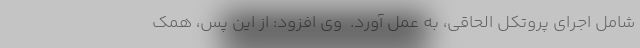
شامل اجرای پروتکل الحاقی، به عمل آورد. ‌ وی افزود: از این پس، همک